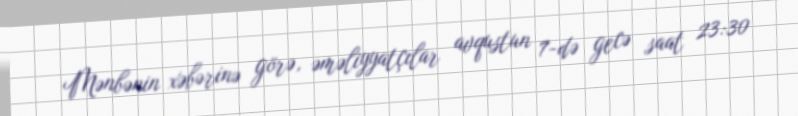
Mənbənin xəbərinə görə, əməliyyatçılar avqustun 7-də gecə saat 23:30